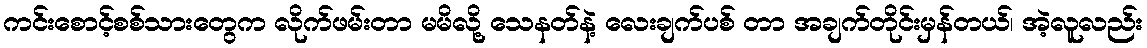
ကင်းစောင့်စစ်သားတွေက လိုက်ဖမ်းတာ မမိလို့ သေနတ်နဲ့ လေးချက်ပစ် တာ အချက်တိုင်းမှန်တယ်၊ အဲ့လူလည်း